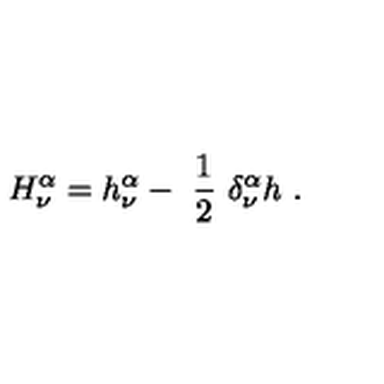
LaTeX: H _ { \nu } ^ { \alpha } = h _ { \nu } ^ { \alpha } - \ \frac { 1 } { 2 } \ \delta _ { \nu } ^ { \alpha } h \ .